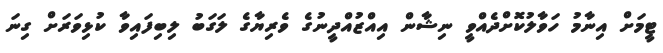
ޓީމަށް އިނާމު ހަވާލުކޮށްދެއްވީ ނިޝާން އިއްޒުއްދީނުގެ ވެރިޔާގެ ލަގަބު ލިބިފައިވާ ކުޅިވަރަށް ގިނަ